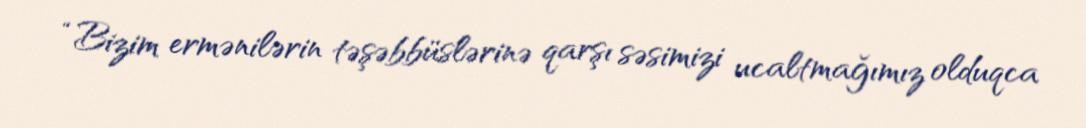
“Bizim ermənilərin təşəbbüslərinə qarşı səsimizi ucaltmağımız olduqca